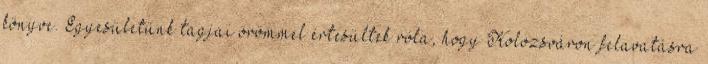
könyve. Egyesületünk tagjai örömmel értesültek róla, hogy Kolozsváron felavatásra